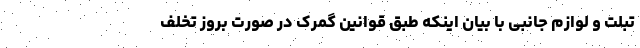
تبلت و لوازم جانبی با بیان اینکه طبق قوانین گمرک در صورت بروز تخلف